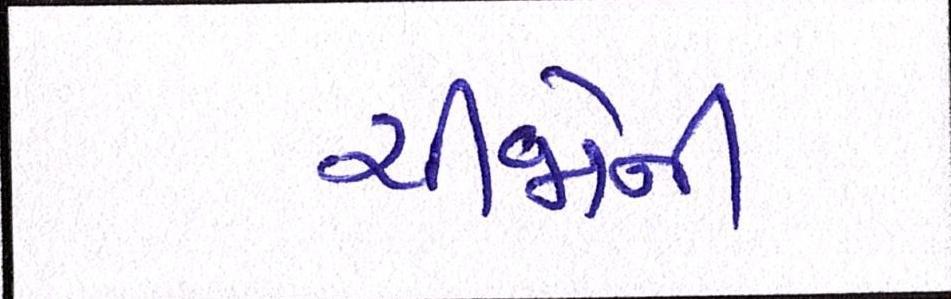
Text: ચીજોની